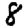
Digit: 8